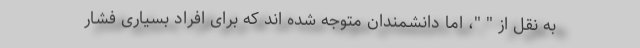
به نقل از " "، اما دانشمندان متوجه شده اند که برای افراد بسیاری فشار